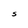
Character: S